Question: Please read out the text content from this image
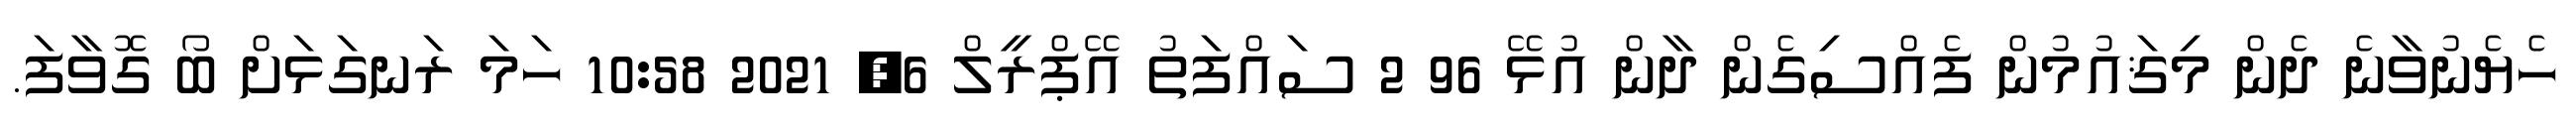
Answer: ހެޔެނުވާނެ ދެން މިޤައުމުން ފެއްސިގެން ދާން އުޅޭ 96 2 ސައްފަތު އޭޕްރީލް 6, 2021 10:58 ހަމަ ރަނގަޅަށް ބޯ ގޮވާފަ.